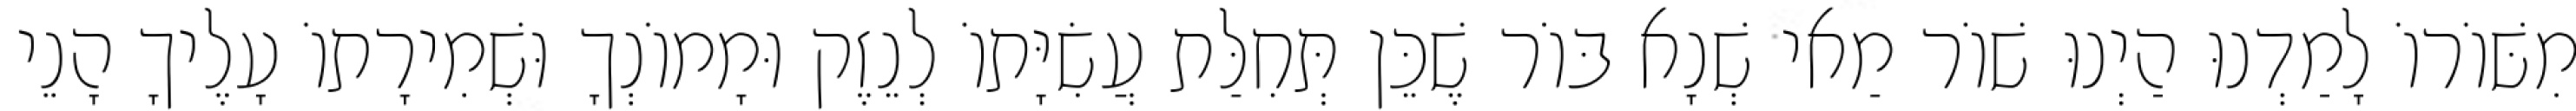
מִשּׁוֹרוֹ לָמַדְנוּ הַיְנוּ שׁוֹר מַאי שְׁנָא בּוֹר שֶׁכֵּן תְּחִלַּת עֲשִׂיָּתוֹ לְנֵזֶק וּמָמוֹנְךָ וּשְׁמִירָתוֹ עָלֶיךָ הָנֵי